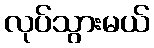
လုပ်သွားမယ်